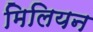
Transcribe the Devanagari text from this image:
मिलियन